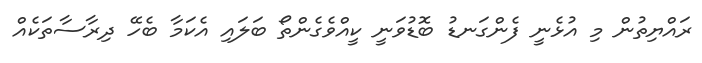
ރައްޔިތުން މި އުޅެނީ ފެންގަނޑު ބޮޑުވަނީ ކީއްވެގެންތޯ ބަލައި އެކަމާ ބެހޭ ދިރާސާތަކެއް